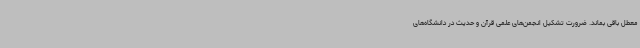
معطل باقی بماند. ضرورت تشکیل انجمن‌های علمی قرآن و حدیث در دانشگاه‌های